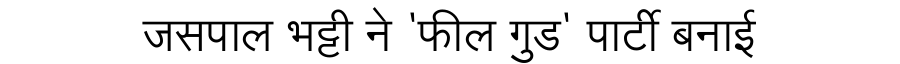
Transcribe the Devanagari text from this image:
जसपाल भट्टी ने 'फील गुड' पार्टी बनाई